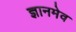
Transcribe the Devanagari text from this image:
ज्ञानमेव